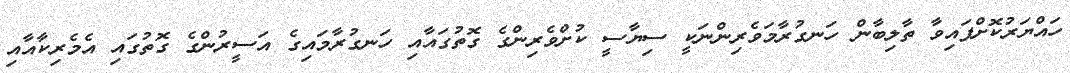
ހައްޔަރުކޮށްފައިވާ ތާލިބާން ހަނގުރާމަވެރިންނަކީ ސިޔާސީ ކުށްވެރިންގެ ގޮތުގައާއި ހަނގުރާމައިގެ އަސީރުންގެ ގޮތުގައި އެމެރިކާއާއި